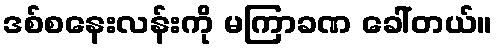
ဒစ်စနေးလန်းကို မကြာခဏ ခေါ်တယ်။